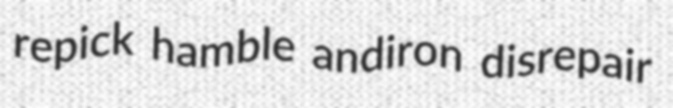
repick hamble andiron disrepair